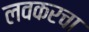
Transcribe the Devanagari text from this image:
लवकरचा